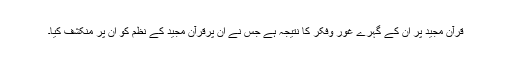
قرآن مجید پر ان کے گہرے غور وفکر کا نتیجہ ہے جس نے ان پرقرآن مجید کے نظم کو ان پر منکشف کیا۔